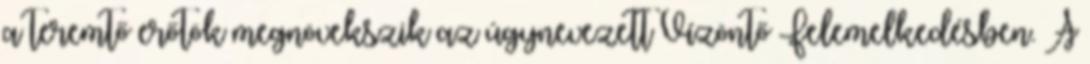
a teremtő erőtök megnövekszik az úgynevezett Vízöntő Felemelkedésben. A